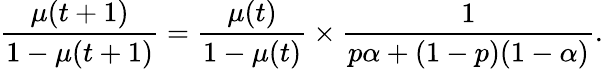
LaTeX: \frac{\mu(t+1)}{1-\mu(t+1)}=\frac{\mu(t)}{1-\mu(t)}\times\frac{1}{p\alpha+(1-p)(1-\alpha)}.